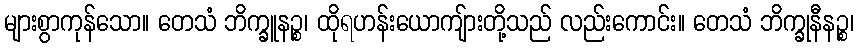
များစွာကုန်သော။ တေသံ ဘိက္ခူနဉ္စ၊ ထိုရဟန်းယောကျ်ားတို့သည် လည်းကောင်း။ တေသံ ဘိက္ခုနီနဉ္စ၊